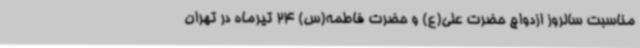
مناسبت سالروز ازدواج حضرت علی(ع) و حضرت فاطمه(س) 24 تیرماه در تهران